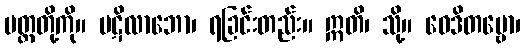
မတ္တတို့ကို။ ပဋိလာဘော၊ ရခြင်းတည်း။ ဣတိ၊ သို့။ ဝေဒိတဗ္ဗော၊